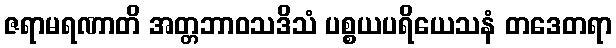
ဇရာမရဏာတိ အတ္တဘာဝသဒိသံ ပစ္စယပရိယေသနံ တဒေတရာ